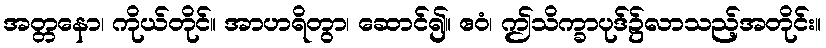
အတ္တနော၊ ကိုယ်တိုင်။ အာဟရိတွာ၊ ဆောင်၍။ ဧဝံ၊ ဤသိက္ခာပုဒ်၌လာသည့်အတိုင်း။